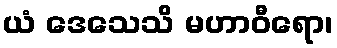
ယံ ဒေသေသိ မဟာဝီရော၊